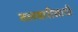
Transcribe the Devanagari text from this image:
तलवारीसाठी